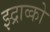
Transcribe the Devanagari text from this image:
झ्द्राव्को